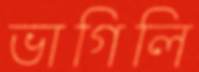
ভাগিলি